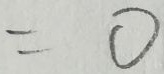
= 0